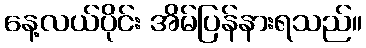
နေ့လယ်ပိုင်း အိမ်ပြန်နားရသည်။